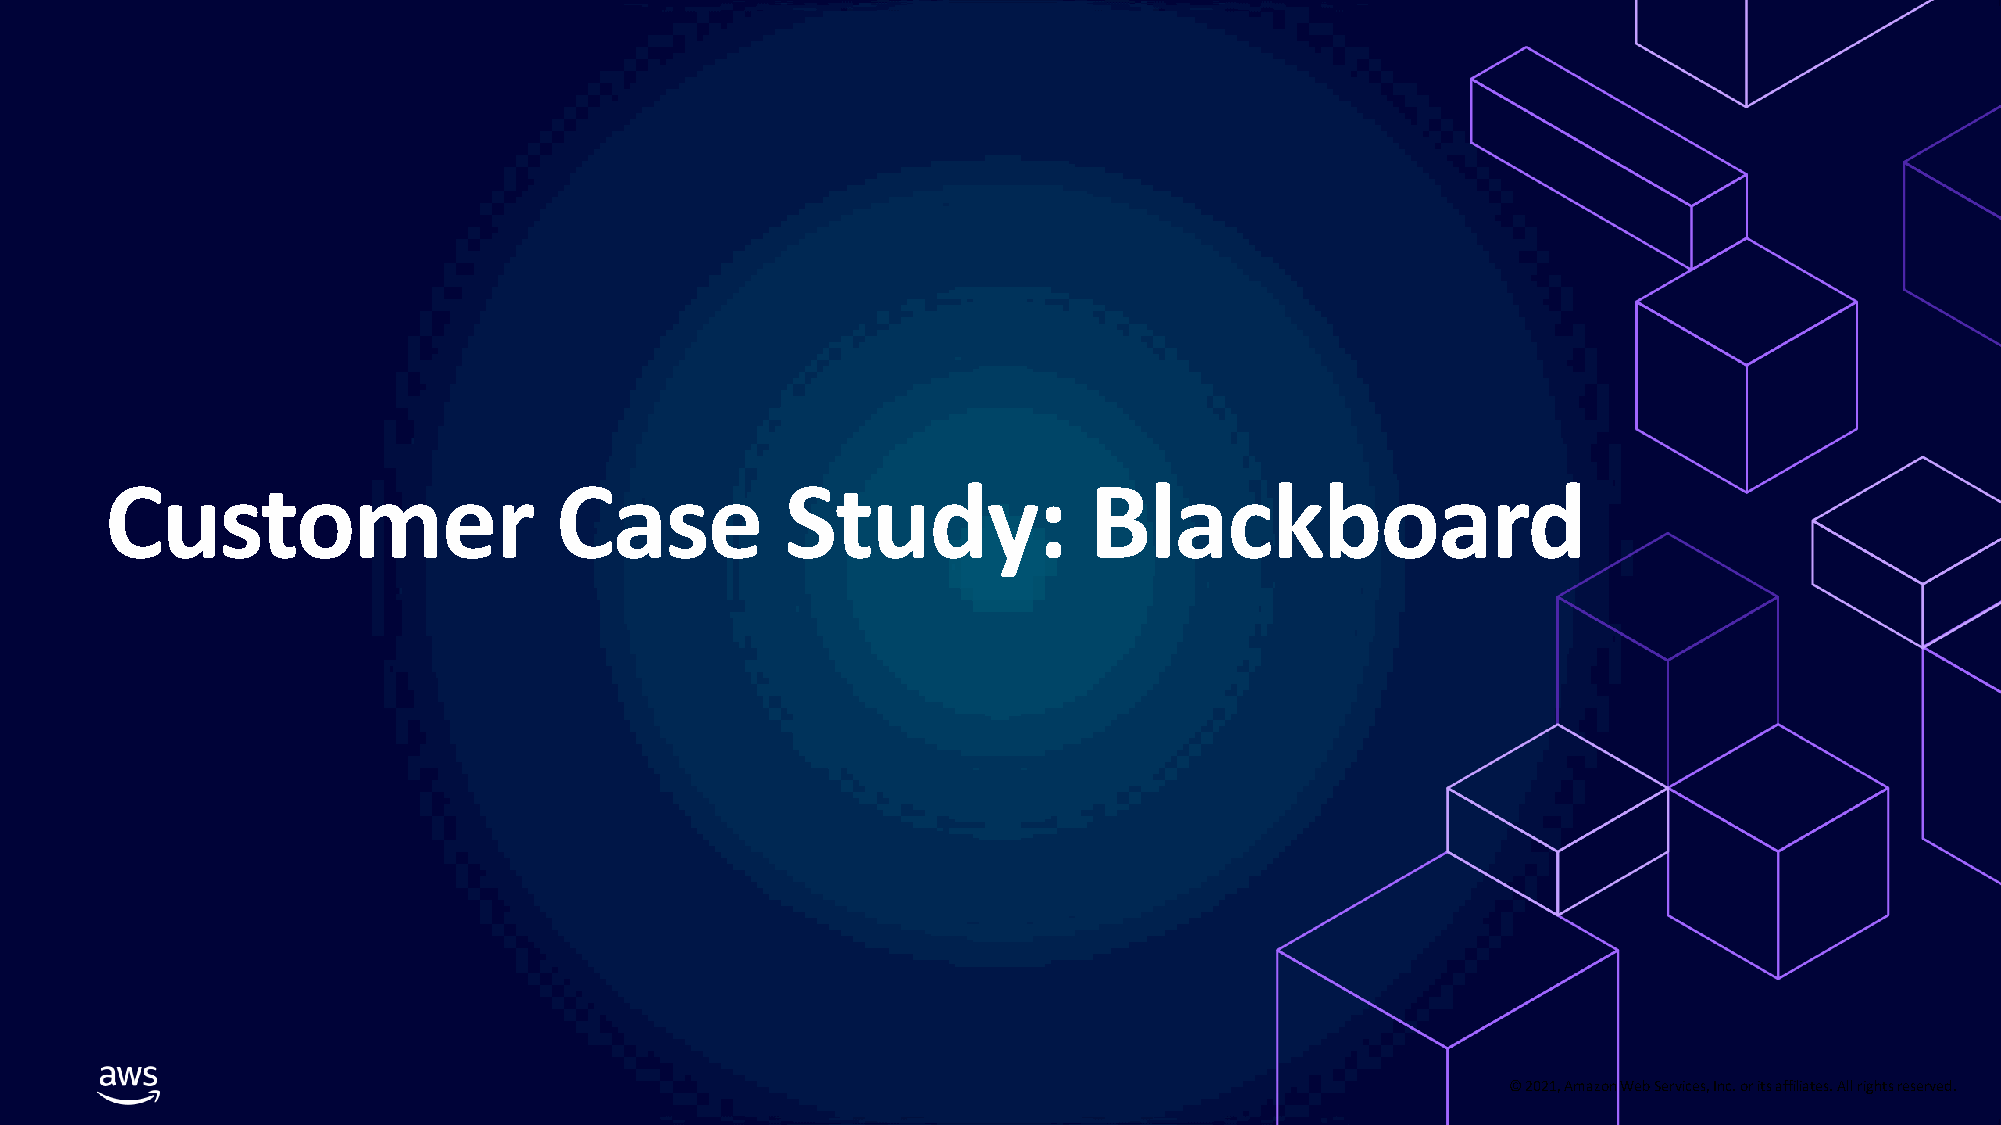
Customer                      Case           Study:              Blackboard
 © 2021, Amazon Web Services, Inc. or its affiliates. All rights reserved.